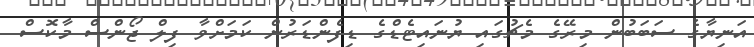
އަނިޔާގެ ސަބަބުން މިރޭގެ މެޗުގައި ޔުނައިޓެޑްގެ ޑިފެންޑަރުން ކަމަށްވާ ފިލް ޖޯންސް މާކޮސް